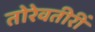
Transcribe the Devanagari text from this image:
तोरेवतीरीं